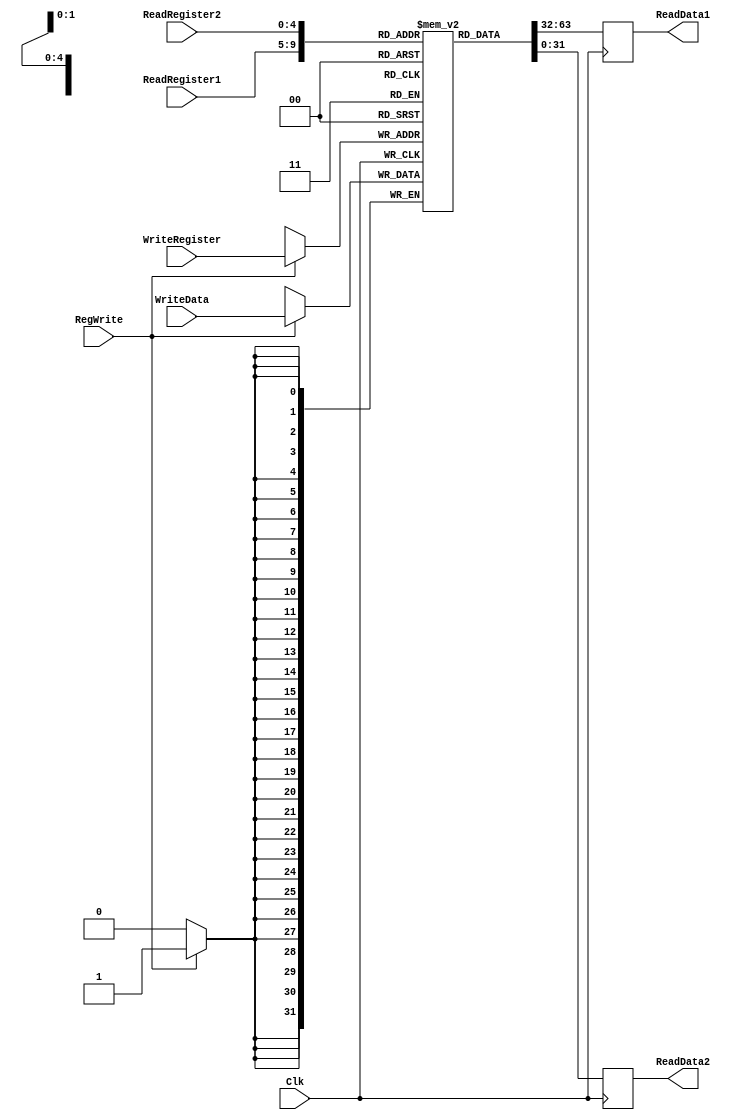
`timescale 1ns / 1ps

////////////////////////////////////////////////////////////////////////////////
// ECE369 - Computer Architecture
// 
//
//
// Student(s) Name and Last Name: FILL IN YOUR INFO HERE!
//
//
// Module - register_file.v
// Description - Implements a register file with 32 32-Bit wide registers.
//
// 
// INPUTS:-
// ReadRegister1: 5-Bit address to select a register to be read through 32-Bit 
//                output port 'ReadRegister1'.
// ReadRegister2: 5-Bit address to select a register to be read through 32-Bit 
//                output port 'ReadRegister2'.
// WriteRegister: 5-Bit address to select a register to be written through 32-Bit
//                input port 'WriteRegister'.
// WriteData: 32-Bit write input port.
// RegWrite: 1-Bit control input signal.
//
// OUTPUTS:-
// ReadData1: 32-Bit registered output. 
// ReadData2: 32-Bit registered output. 
//
// FUNCTIONALITY:-
// 'ReadRegister1' and 'ReadRegister2' are two 5-bit addresses to read two 
// registers simultaneously. The two 32-bit data sets are available on ports 
// 'ReadData1' and 'ReadData2', respectively. 'ReadData1' and 'ReadData2' are 
// registered outputs (output of register file is written into these registers 
// at the falling edge of the clock). You can view it as if outputs of registers
// specified by ReadRegister1 and ReadRegister2 are written into output 
// registers ReadData1 and ReadData2 at the falling edge of the clock. 
//
// 'RegWrite' signal is high during the rising edge of the clock if the input 
// data is to be written into the register file. The contents of the register 
// specified by address 'WriteRegister' in the register file are modified at the 
// rising edge of the clock if 'RegWrite' signal is high. The D-flip flops in 
// the register file are positive-edge (rising-edge) triggered. (You have to use 
// this information to generate the write-clock properly.) 
//
// NOTE:-
// We will design the register file such that the contents of registers do not 
// change for a pre-specified time before the falling edge of the clock arrives 
// to allow for data multiplexing and setup time.
////////////////////////////////////////////////////////////////////////////////
//  Hanlin Chen Adam Awale Percentage 50/50 
module RegisterFile(ReadRegister1, ReadRegister2, WriteRegister, WriteData, RegWrite, Clk, ReadData1, ReadData2);
input [4:0] ReadRegister1, ReadRegister2, WriteRegister; 
input Clk;
input RegWrite;
input [31:0] WriteData;
output reg [31:0] ReadData1, ReadData2;
reg  [31:0]REG[0:31];
    integer i;
    initial begin 
        for(i=0;i<32;i=i+1)begin 
          REG[i]<=0;
        end 
    end 

    always@(posedge Clk)begin
    if(RegWrite==1)begin 
     REG[WriteRegister]<=WriteData;
     end 
    end 
   
 always@(negedge Clk)begin 
    ReadData1<=REG[ReadRegister1];
    ReadData2<=REG[ReadRegister2];
    end 




endmodule